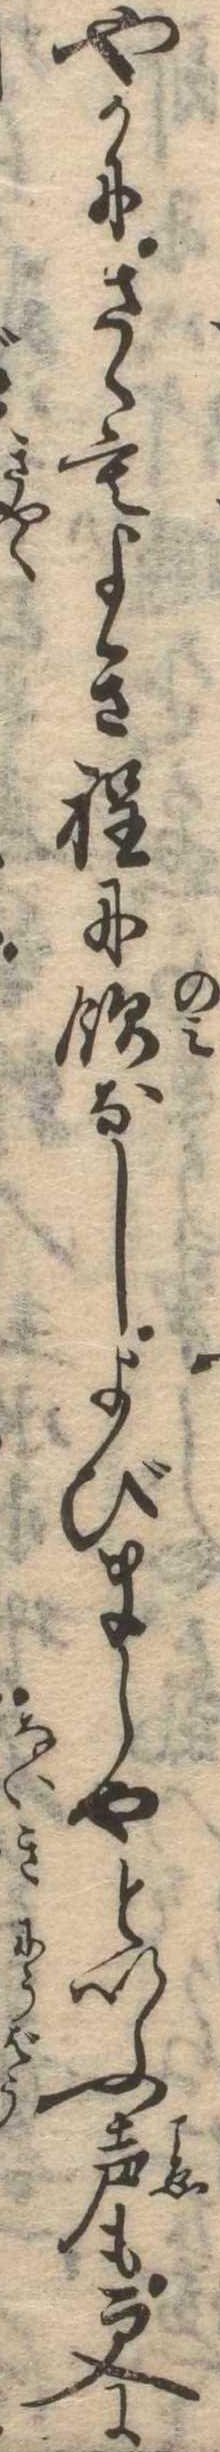
やかにさゝもよき程に飲なしよびましやといふ声も更に